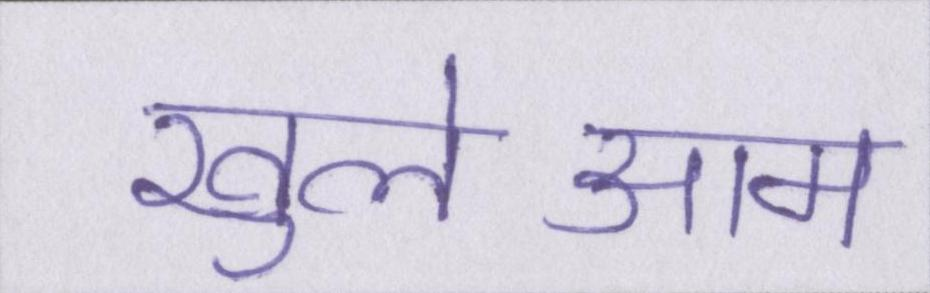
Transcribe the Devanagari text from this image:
खुलेआम